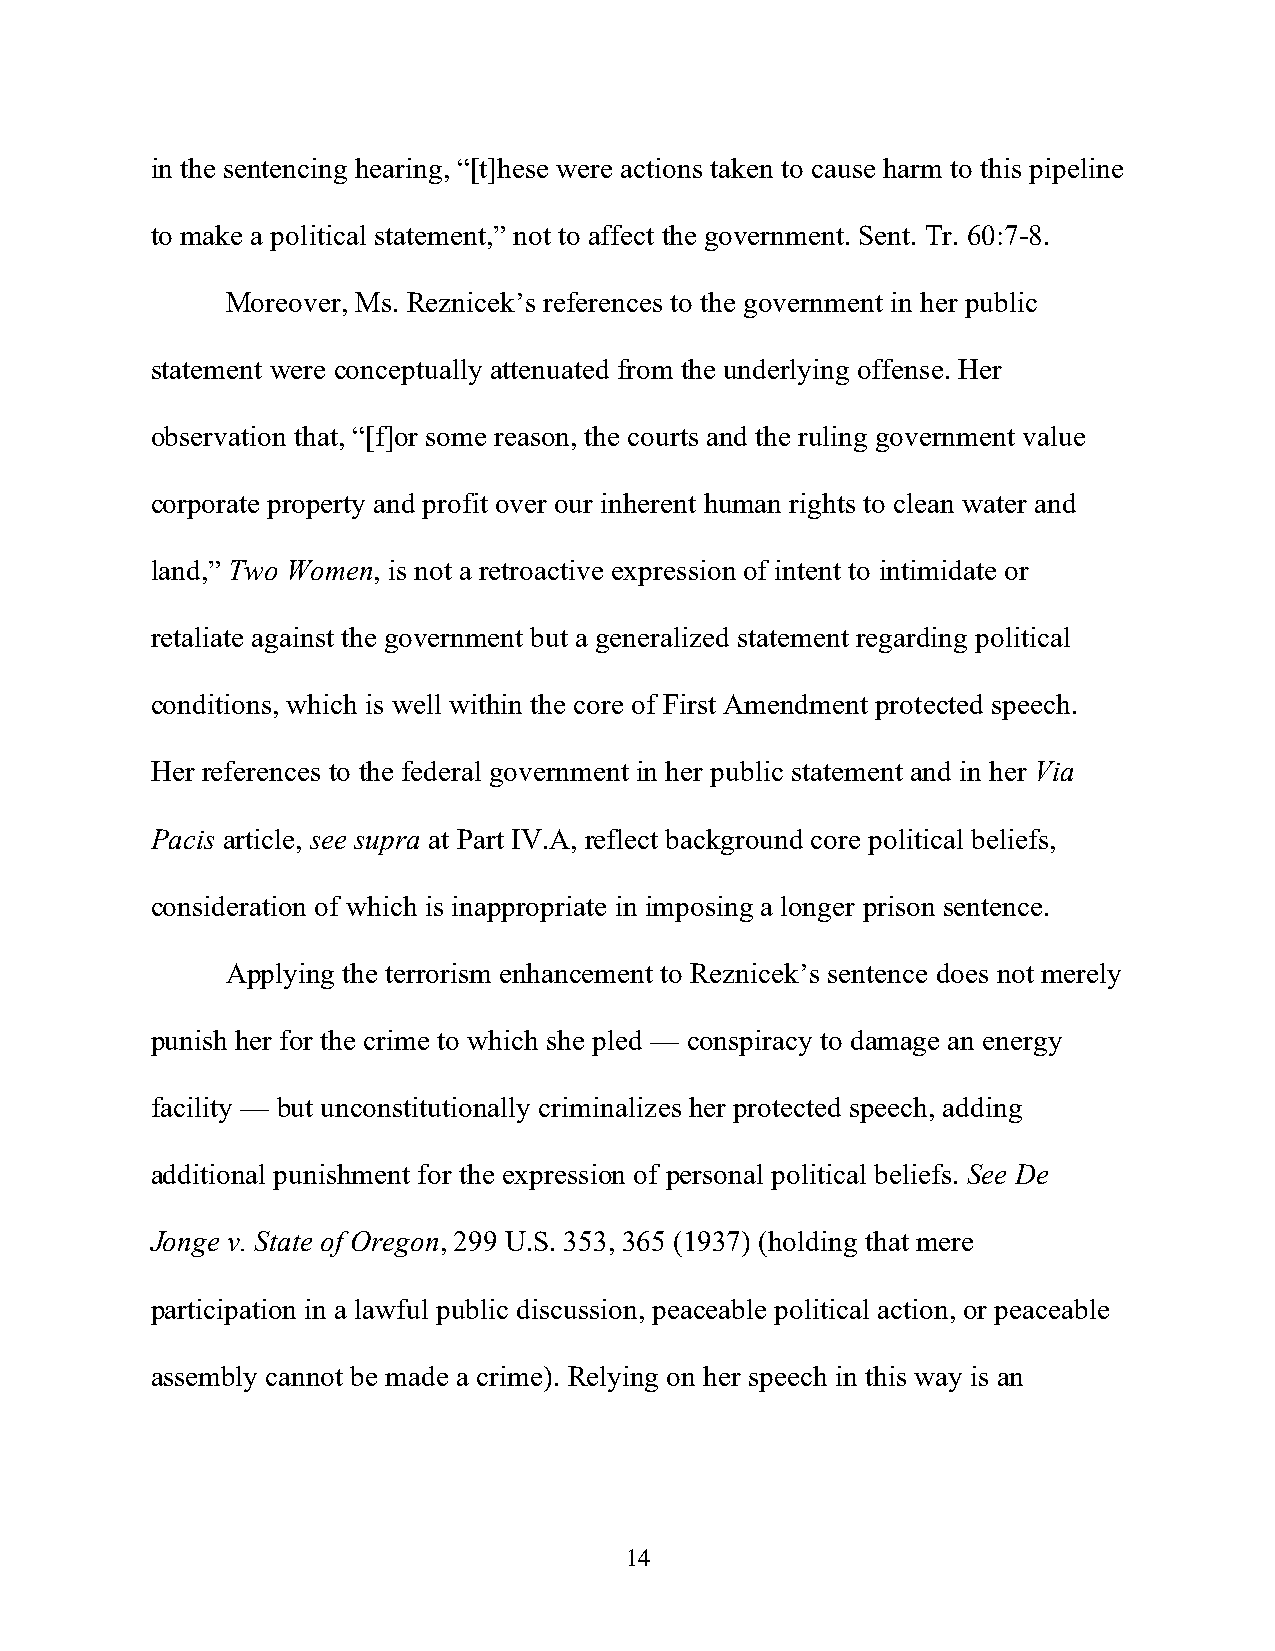
in the sentencing hearing, “[t]hese were actions taken to cause harm to this pipeline
 to make a political statement,” not to affect the government. Sent. Tr. 60:7-8.
 Moreover, Ms. Reznicek’s references to the government in her public
 statement were conceptually attenuated from the underlying offense. Her
 observation that, “[f]or some reason, the courts and the ruling government value
 corporate property and profit over our inherent human rights to clean water and
 land,” Two Women, is not a retroactive expression of intent to intimidate or
 retaliate against the government but a generalized statement regarding political
 conditions, which is well within the core of First Amendment protected speech.
 Her references to the federal government in her public statement and in her Via
 Pacis article, see supra at Part IV.A, reflect background core political beliefs,
 consideration of which is inappropriate in imposing a longer prison sentence.
 Applying the terrorism enhancement to Reznicek’s sentence does not merely
 punish her for the crime to which she pled — conspiracy to damage an energy
 facility — but unconstitutionally criminalizes her protected speech, adding
 additional punishment for the expression of personal political beliefs. See De
 Jonge v. State of Oregon, 299 U.S. 353, 365 (1937) (holding that mere
 participation in a lawful public discussion, peaceable political action, or peaceable
 assembly cannot be made a crime). Relying on her speech in this way is an
 14